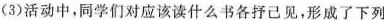
(3)活动中，同学们对应该读什么书各抒己见，形成了下列